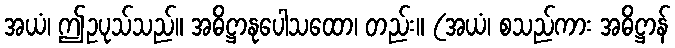
အယံ၊ ဤဥပုသ်သည်။ အဓိဋ္ဌာနုပေါသထော၊ တည်း။ (အယံ၊ စသည်ကား အဓိဋ္ဌာန်